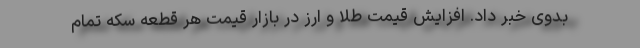
بدوی خبر داد. افزایش قیمت طلا و ارز در بازار قیمت هر قطعه سکه تمام